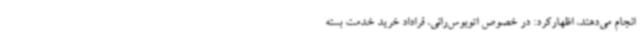
انجام می‌دهند، اظهارکرد: در خصوص اتوبوس‌رانی، قراداد خرید خدمت بسته